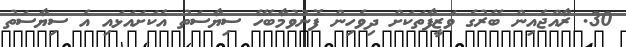
30. ރާއްޖެއިން ބޭރުގެ ވަޒީފާތަކަށް ދިވެހިން ފޮނުވުމާބެހޭ ސިޔާސަތު އެކަށައަޅައި އެ ސިޔާސަތު